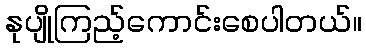
နုပျိုကြည့်ကောင်းစေပါတယ်။